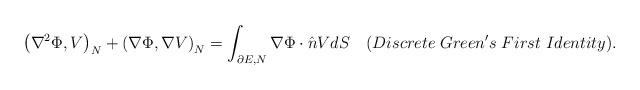
LaTeX: \begin{align*}{\left( {{\nabla ^2}\Phi ,V} \right)_N} + {\left( {\nabla \Phi ,\nabla V} \right)_N} = \int_{\partial E,N} {\nabla \Phi \cdot \hat nVdS} \quad(Discrete\; Green's\;First\; Identity).\end{align*}